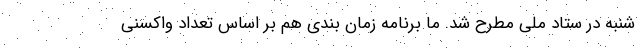
شنبه در ستاد ملی مطرح شد. ما برنامه زمان بندی هم بر اساس تعداد واکسنی